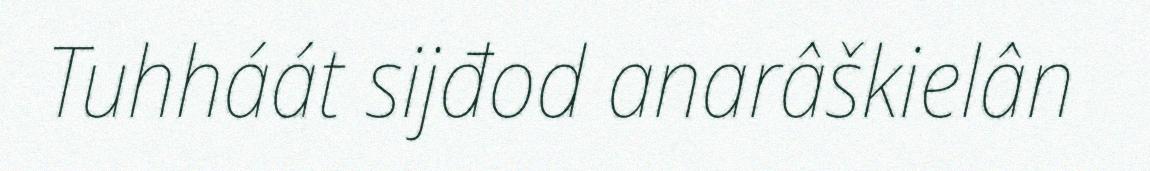
Tuhháát sijđod anarâškielân